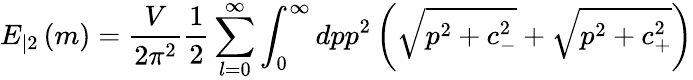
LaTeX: E_{|2}\left(m\right)=\frac V{2\pi^{2}}\frac 12\sum_{l=0}^{\infty}\int_{0}^{\infty}dpp^{2}\left(\sqrt{p^{2}+c_{-}^{2}}+\sqrt{p^{2}+c_{+}^{2}}\right)